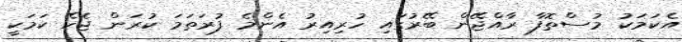
އެކަމަކު މުސްތޮފާ ރާއްޖޭން ބޭރުގައި ހުރިއިރު އެންމެ ފުރަތަމަ ކުރަން ޖެހޭ ކަމަކީ